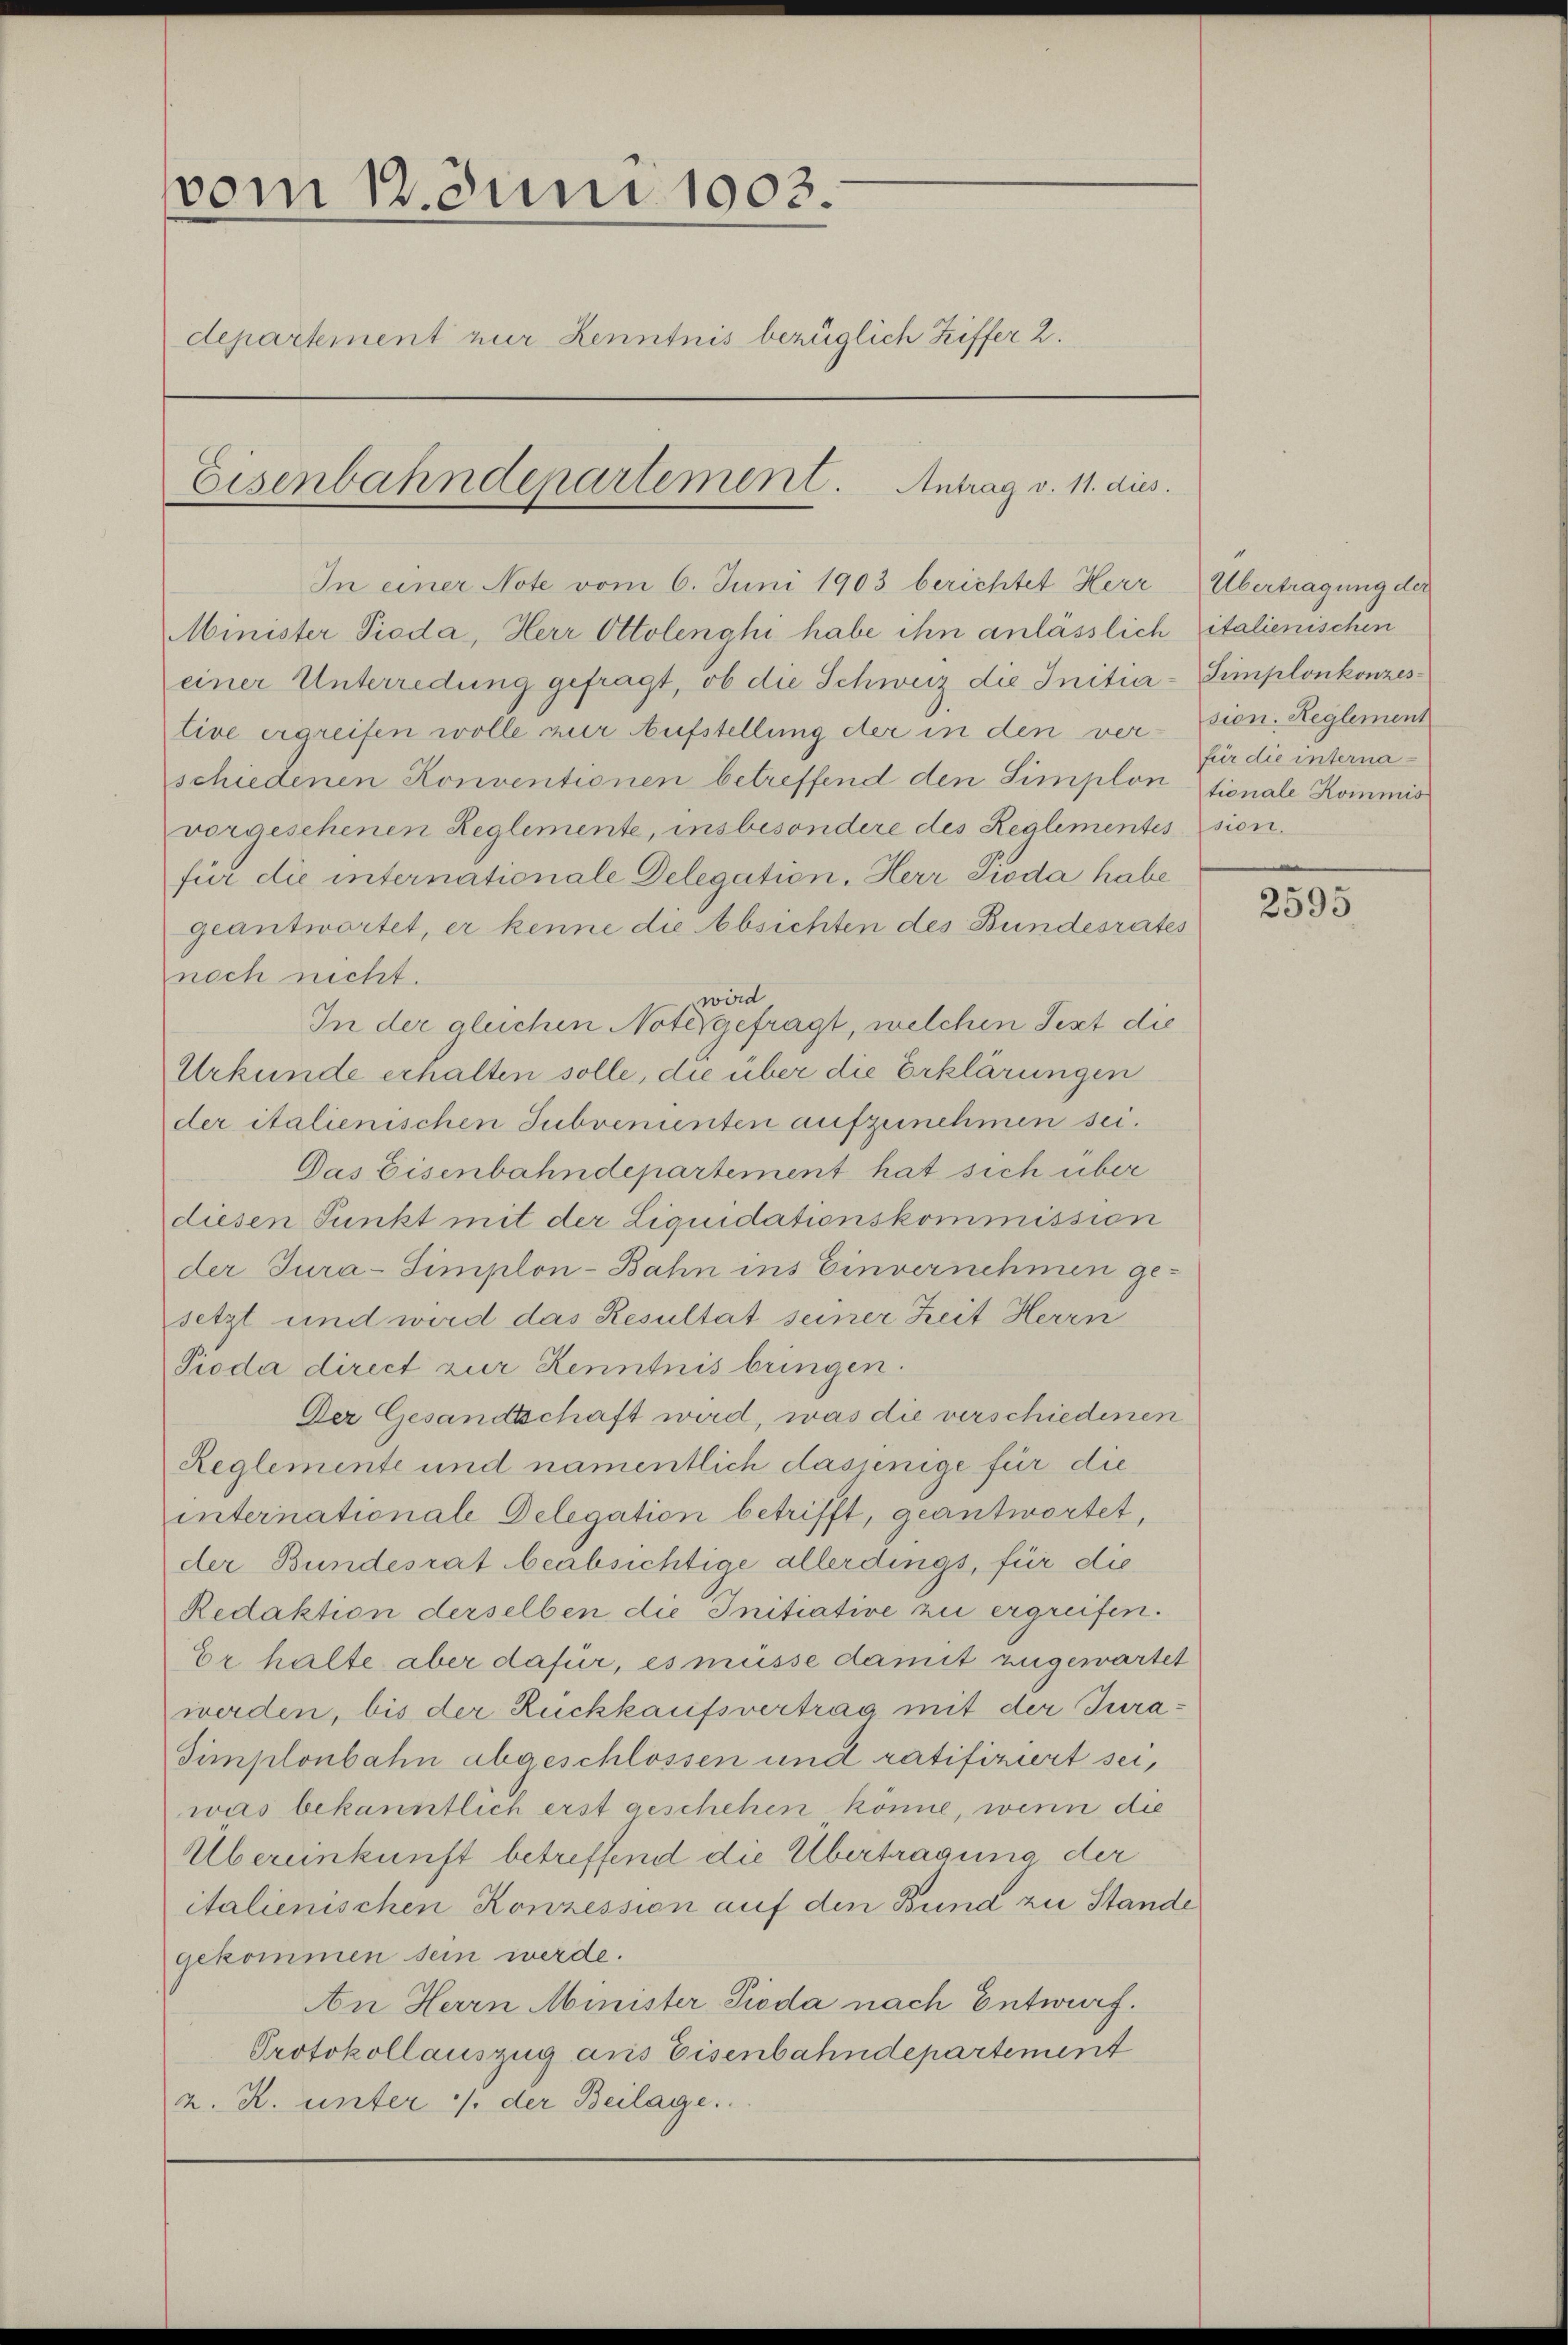
vom 12. Juni 1903.
departement nur Kenntnis bezüglich Ziffer 2.
Eisenbahndepartement. Antrag v. 11. dies

In einer Note vom 6. Juni 1903 berichtet Herr

Minister Pioda, Herr Ottolenghi habe ihn anlässlich italienischen
einer Unterredung gefragt, ob die Schweiz die Initia-Simplonkonzeslive ergreifen wolle zur Aufstellung der in den ver- sien. Reglement
schiedenen Konventionen betreffend den Simplon stionale Kommis
vorgeschenen Reglemente, insbesondere des Realementession.
für die internationale Delegation. Herr Pioda habe
geantwortet, er kenne die Absichten des Bundesrates
noch nicht.
wird
In der gleichen Note gefragt, welchen Text die
Urkunde erhalten solle, die über die Erklärungen
der italienischen Subvementen aufzunehmen sei.
Das Eisenbahndepartement hat sich über
diesen Punkt mit der Liquidationskommission
der Jura-Simplon-Bahn ins Einvernehmen gesetzt und wird das Resultat seiner Zeit Herrn
Pioda direct zur Kenntnis bringen.
Der Gesandtschaft wird, was die verschiedenen
Reglemente und namentlich dasienige für die
internationale Delegation betrifft, geantwortet,
der Bundesrat beabsichtige allerdings, für die
Redaktion derselben die Initiative zu ergreifen.
Er halte aber dafür, es müsse damit zugewartet
werden, bis der Rückkaufsvertrag mit der Jura¬
Simplonbahn abgeschlossen und ratifiziert sei,
was bekanntlich erst geschehen könne, wenn die
Übereinkunft betreffend die Übertragung der
italienischen Konzession auf den Bund zu Stande
gekommen sein werde.
An Herrn Minister Pioda nach Entwurf.
Protokollauszug aus Eisenbahndepartement
z. R. unter /. der Beilage.

Übertragung der
für die interna¬

2595